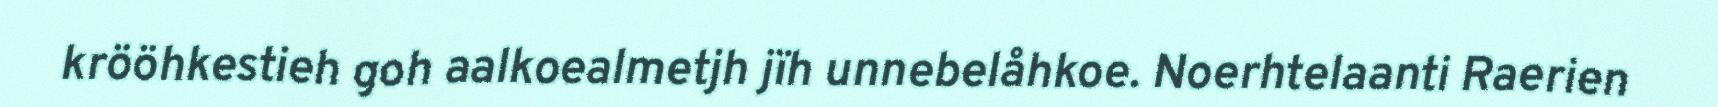
krööhkestieh goh aalkoealmetjh jïh unnebelåhkoe. Noerhtelaanti Raerien